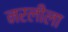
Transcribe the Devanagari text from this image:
नरलीला